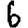
Digit: 6